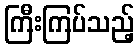
ကြီးကြပ်သည့်